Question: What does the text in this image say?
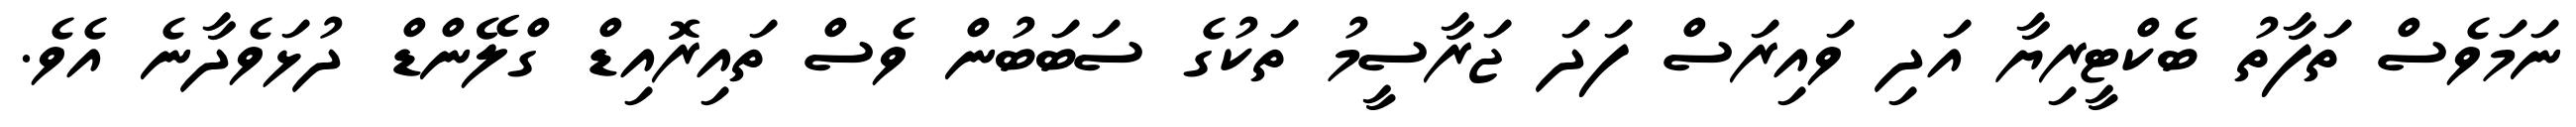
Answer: ނަމަވެސް ތަފާތު ބެކްޓީރިޔާ އަދި ވައިރަސް ފަދަ ޖަރާސީމު ތަކުގެ ސަބަބުން ވެސް ތައިރޮއިޑް ގްލޭންޑް ދުޅަވެދާނެ އެވެ.